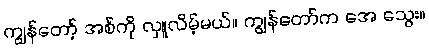
ကျွန်တော့် အစ်ကို လှူလိမ့်မယ်။ ကျွန်တော်က အေ သွေး။